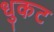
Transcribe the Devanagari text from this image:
धुकट